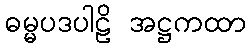
ဓမ္မပဒပါဠိ အဋ္ဌကထာ